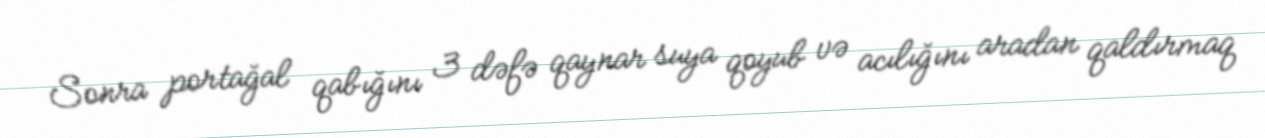
Sonra portağal qabığını 3 dəfə qaynar suya qoyub və acılığını aradan qaldırmaq